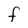
Character: F